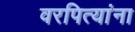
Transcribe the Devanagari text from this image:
वरपित्यांना